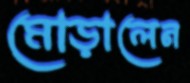
মোড়ালেন